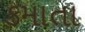
કમાતા